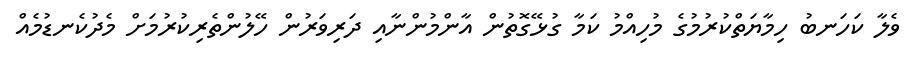
ވެލާ ކަހަނބު ހިމާޔަތްކުރުމުގެ މުހިއްމު ކަމާ ގުޅޭގޮތުން އާންމުންނާއި ދަރިވަރުން ހޭލުންތެރިކުރުމަށް މެދުކެނޑުމެއް